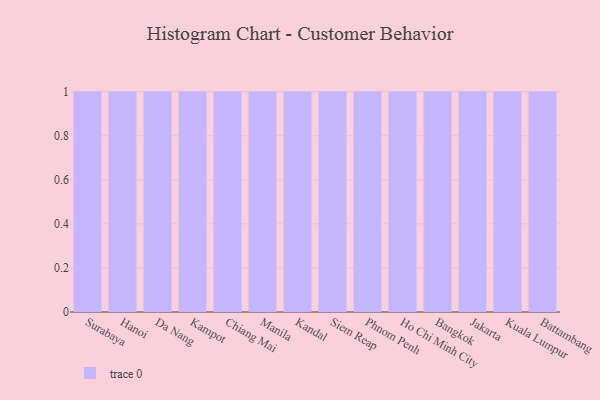
{"axis": {"x": "City", "y": "Headcount"}, "legend": [""], "data": [{"x": "Surabaya", "y": 9, "type": ""}, {"x": "Hanoi", "y": 87, "type": ""}, {"x": "Da Nang", "y": 85, "type": ""}, {"x": "Kampot", "y": 24, "type": ""}, {"x": "Chiang Mai", "y": 83, "type": ""}, {"x": "Manila", "y": 62, "type": ""}, {"x": "Kandal", "y": 56, "type": ""}, {"x": "Siem Reap", "y": 26, "type": ""}, {"x": "Phnom Penh", "y": 1, "type": ""}, {"x": "Ho Chi Minh City", "y": 56, "type": ""}, {"x": "Bangkok", "y": 85, "type": ""}, {"x": "Jakarta", "y": 48, "type": ""}, {"x": "Kuala Lumpur", "y": 97, "type": ""}, {"x": "Battambang", "y": 70, "type": ""}]}